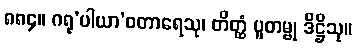
၈၈၄။ ဂရု’ပါယာ’ဝတာရေသု၊ တိတ္ထံ ပူတမ္ဗု ဒိဋ္ဌိသု။